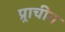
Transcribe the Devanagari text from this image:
प्र्राचीन